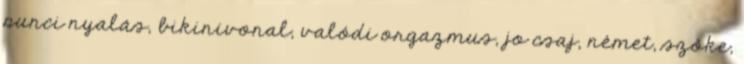
punci nyalás, bikinivonal, valódi orgazmus, jo csaj, német, szőke,